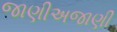
જાણીઅજાણી